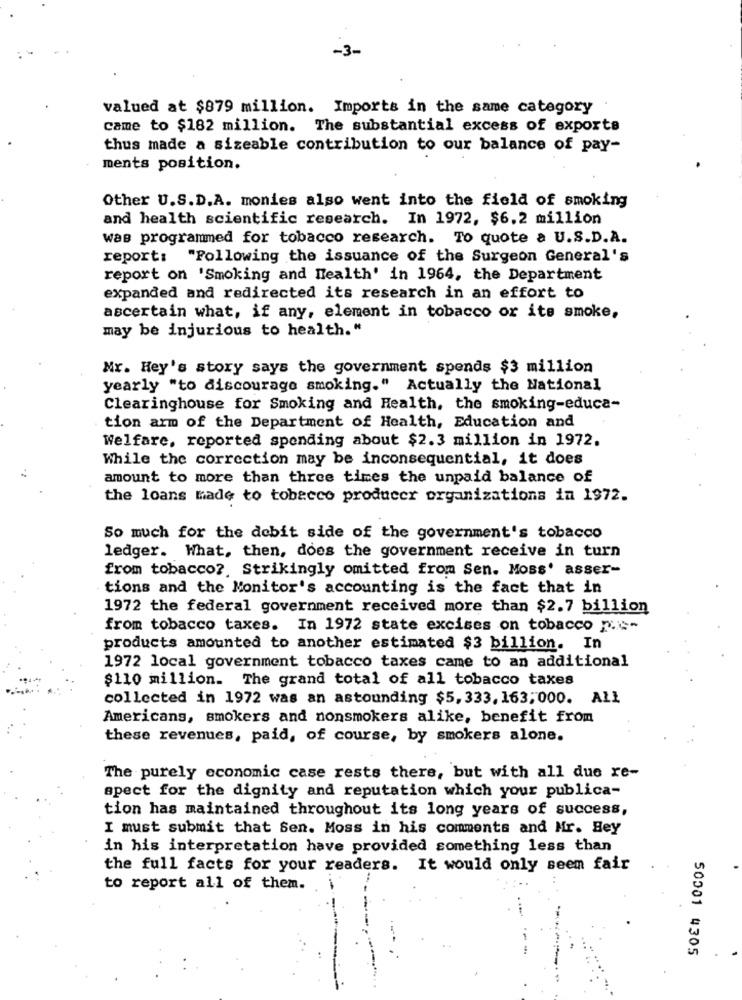
-3-
valued at $879 million. Imports in the same category
came to $182 million. The substantial excess of exports
thus made a sizeable contribution to our balance of pay-
ments position.
Other U.S.D.A. monies also went into the field of smoking
and health scientific research. In 1972, $6.2 million
was programmed for tobacco research. To quote a U.S.D.A.
report: "Following the issuance of the Surgeon General's
report on 'Smoking and health' in 1964, the Department
expanded and redirected its research in an effort to
ascertain what, if any, element in tobacco or its smoke,
may be injurious to health."
Mr. Hey's story says the government spends $3 million
yearly "to discourage smoking." Actually the National
Clearinghouse for Smoking and Health, the smoking-educa-
tion arm of the Department of Health, Education and
Welfare, reported spending about $2.3 million in 1972.
While the correction may be inconsequential, it does
amount to more than three times the unpaid balance of
the loans made to tobacco producer organizations in 1972.
So much for the debit side of the government's tobacco
ledger. What, then, does the government receive in turn
from tobacco ?. Strikingly omitted from Sen. Moss' asser-
tions and the Monitor's accounting is the fact that in
1972 the federal government received more than $2.7 billion
from tobacco taxes. In 1972 state excises on tobacco pit-
products amounted to another estimated $3 billion. In
1972 local government tobacco taxes came to an additional
$110 million. The grand total of all tobacco taxes
collected in 1972 was an astounding $5,333, 163;000. All
Americans, smokers and nonsmokers alike, benefit from
these revenues, paid, of course, by smokers alone.
The purely economic case rests there, but with all due re-
spect for the dignity and reputation which your publica-
tion has maintained throughout its long years of success,
I must submit that Sen. Moss in his comments and Mr. Hey
in his interpretation have provided something less than
the full facts for your readers. It would only seem fair
to report all of them.
50001 4305